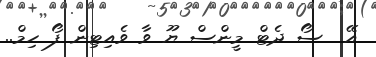
އޭ  ސޯ ދެޓް މީންސް ޔޫ ވާ ވެއިޓިން ފޯ ހިމް..